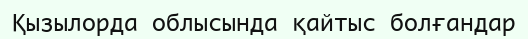
Қызылорда облысында қайтыс болғандар